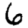
Digit: 6